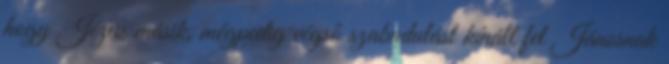
hogy Jézus másik, mégpedig végső szabadulást kínált fel Jánosnak